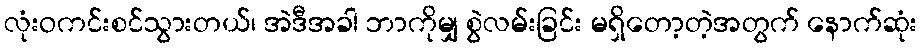
လုံးဝကင်းစင်သွားတယ်၊ အဲဒီအခါ ဘာကိုမျှ စွဲလမ်းခြင်း မရှိတော့တဲ့အတွက် နောက်ဆုံး